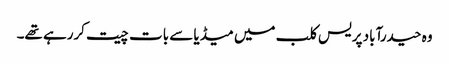
وہ حیدرآباد پریس کلب میں میڈیا سے بات چیت کررہے تھے۔